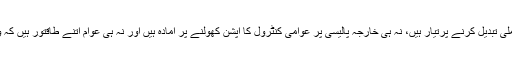
کچھ حلقے نہ تو ناکام حکمت عملی تبدیل کرنے پرتیار ہیں، نہ ہی خارجہ پالیسی پر عوامی کنٹرول کا آپشن کھولنے پر آمادہ ہیں اور نہ ہی عوام اتنے طاقتور ہیں کہ وہ کنٹرول اپنے ہاتھ میں لے لیں۔